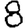
Digit: 8